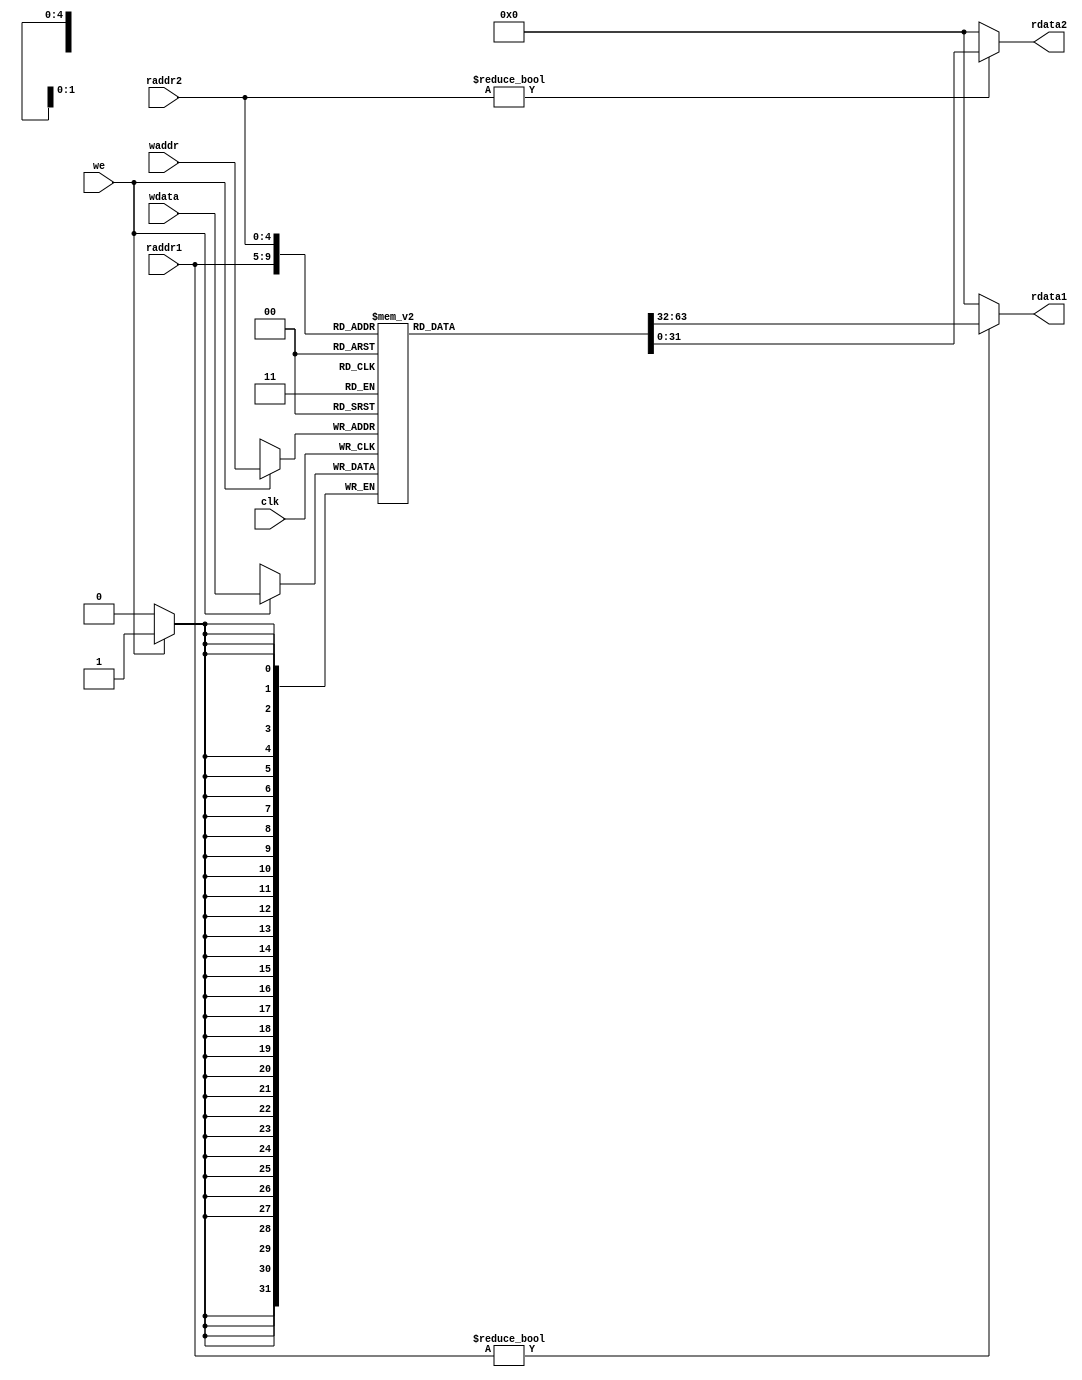
module rf(
	input clk,
	input [4:0] raddr1,
	input [4:0] raddr2,

	input [4:0] waddr,
	input we,
	input [31:0] wdata,
	
	output [31:0] rdata1,
	output [31:0] rdata2
	);
	
	reg [31:0] regs[31:0];
	
	always @(posedge clk) begin
		if(we) begin
			regs[waddr] <= wdata;
		end
	end
	
	assign rdata1 = raddr1? regs[raddr1]:0;
	assign rdata2 = raddr2? regs[raddr2]:0;
endmodule